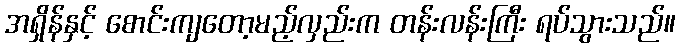
အရှိန်နှင့် စောင်းကျတော့မည့်လှည်းက တန်းလန်းကြီး ရပ်သွားသည်။